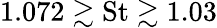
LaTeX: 1.072\gtrsim\textrm{St}\gtrsim 1.03